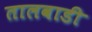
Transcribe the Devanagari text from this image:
तालवाडी